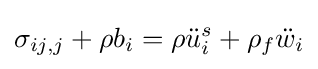
{\sigma _{ij,j}}+\rho {b_{i}}=\rho {{\ddot {u}}_{i}^{s}}+{\rho _{f}}{{\ddot {w}}_{i}}